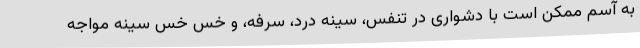
به آسم ممکن است با دشواری در تنفس، سینه درد، سرفه، و خس خس سینه مواجه